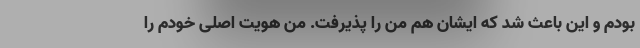
بودم و این باعث شد که ایشان هم من را پذیرفت. من هویت اصلی خودم را